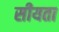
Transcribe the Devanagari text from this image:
सीयता